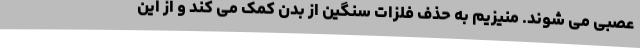
عصبی می شوند. منیزیم به حذف فلزات سنگین از بدن کمک می کند و از این